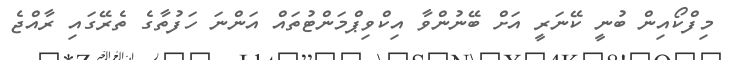
މިފްކޯއިން ބުނީ ކޭނަރީ އަށް ބޭނުންވާ އިކްވިޕްމަންޓުތައް އަންނަ ހަފުތާގެ ތެރޭގައި ރާއްޖެ